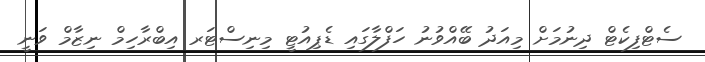
ސެޓްފިކެޓް ދިނުމަށް މިއަދު ބޭއްވުނު ހަފްލާގައި ޑެޕިއުޓީ މިނިސްޓަރ އިބްރާހިމް ނިޒާމް ވަނީ